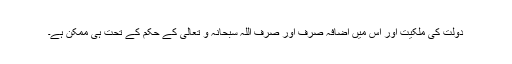
دولت کی ملکیت اور اس میں اضافہ صرف اور صرف اللہ سبحانہ و تعالیٰ کے حکم کے تحت ہی ممکن ہے۔